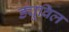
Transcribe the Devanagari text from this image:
ड्यूविल